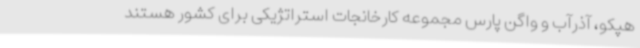
هپکو، آذرآب و واگن پارس مجموعه کارخانجات استراتژیکی برای کشور هستند